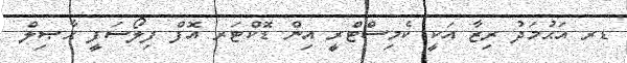
ޑރ އަޙުމަދު ރިޒާ އަކީ ކެމިސްޓްރީ އިން ޑޮކްޓަރ އޮފް ފިލޯސަފީ ޙާޞިލް